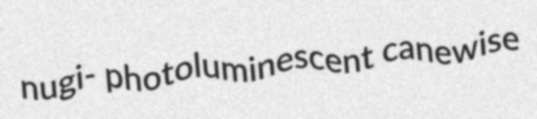
nugi- photoluminescent canewise